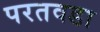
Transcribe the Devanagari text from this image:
परतवडा